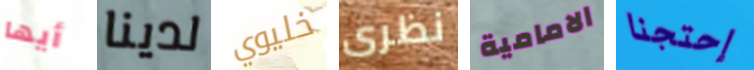
أيها لدينا خليوي نظرى الامامية إحتجنا